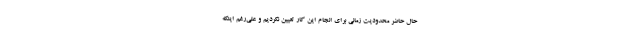
حال حاضر محدودیت زمانی برای انجام این کار تعیین نکردیم و علی‌رغم اینکه